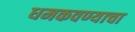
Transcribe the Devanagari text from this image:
धमकवण्याचा